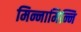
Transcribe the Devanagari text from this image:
मिन्नामिन्नि